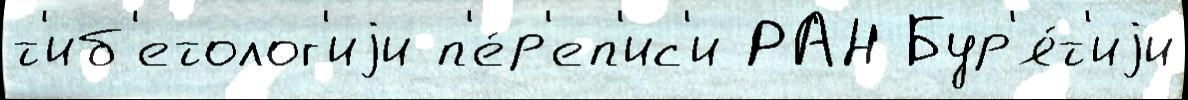
т'иб'етолог'иjи п'е́р'еп'ис'и РАН Бур'я́т'иjи